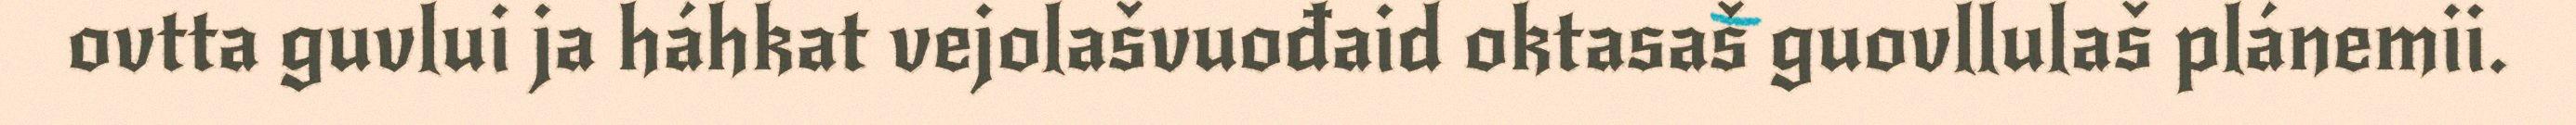
ovtta guvlui ja háhkat vejolašvuođaid oktasaš guovllulaš plánemii.